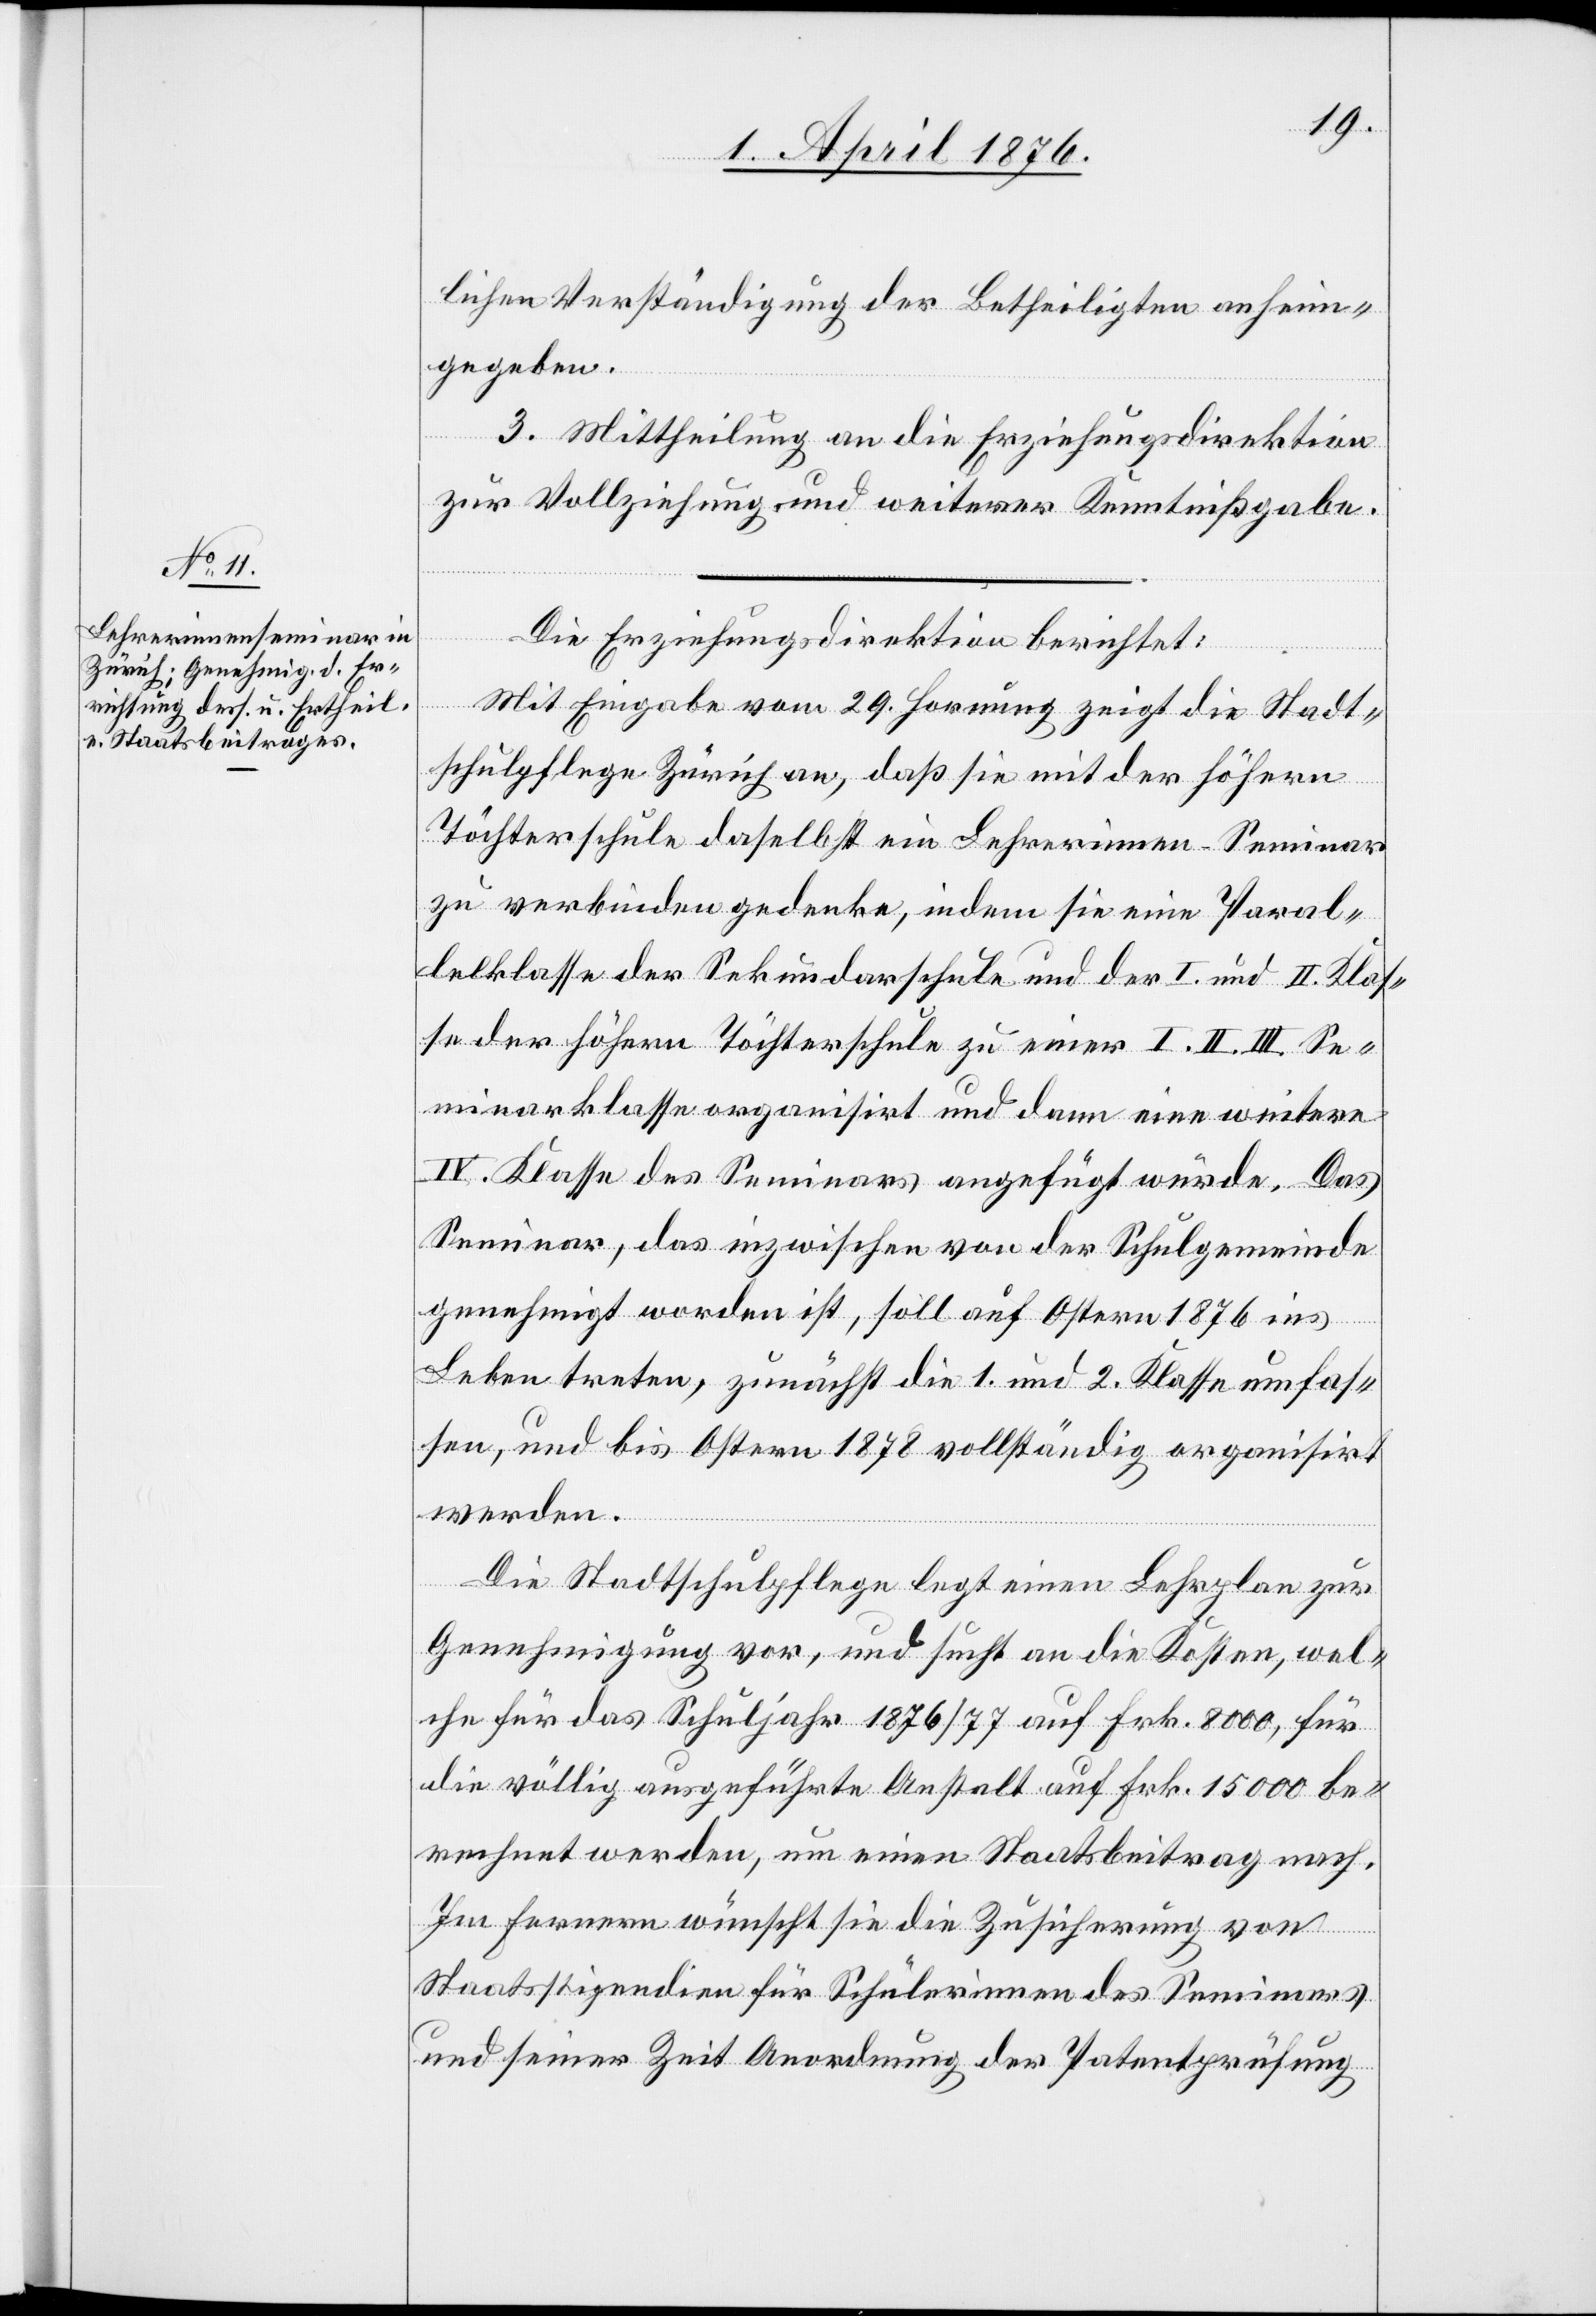
lichen Verständigung der Betheiligten anheim¬
gegeben.
3. Mittheilung an die Erziehungsdirektion
zur Vollziehung und weiterer Kenntnißgabe.
Die Erziehungsdirektion berichtet:
Mit Eingabe vom 29. Hornung zeigt die Stadt¬
schulpflege Zürich an, daß sie mit der höhern
Töchterschule daselbst ein Lehrerinnen-Seminar
zu verbinden gedenke, indem sie eine Paral¬
lelklasse der Sekundarschule und der I. und II. Klas¬
se der höhern Töchterschule zu einer I. II. III. Se¬
minarklasse organisirt und dann eine weitere
IV. Klasse des Seminars angefügt würde. Das
Seminar, das inzwischen von der Schulgemeinde
genehmigt worden ist, soll auf Ostern 1876 ins
Leben treten, zunächst die 1. und 2. Klasse umfas¬
sen, und bis Ostern 1878 vollständig organisirt
werden.
Die Stadtschulpflege legt einen Lehrplan zur
Genehmigung vor, und sucht an die Kosten, wel¬
che für das Schuljahr 1876/77 auf Frk. 8000, für
die völlig ausgeführte Anstalt auf Frk. 15 000 be¬
rechnet werden, um einen Staatsbeitrag nach.
Im Ferneren wünscht sie die Zusicherung von
Staatsstipendien für Schülerinnen des Seminars
und seiner Zeit Anordnung der Patentprüfung